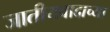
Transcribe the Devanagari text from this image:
जातीयवादाच्या